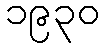
၁၉၃၀